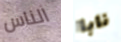
الناس نابا